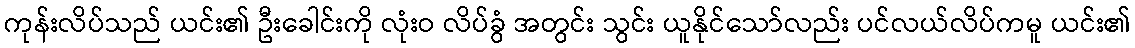
ကုန်းလိပ်သည် ယင်း၏ ဦးခေါင်းကို လုံးဝ လိပ်ခွံ အတွင်း သွင်း ယူနိုင်သော်လည်း ပင်လယ်လိပ်ကမူ ယင်း၏